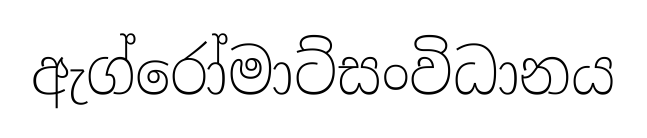
ඇග්රෝමාට්සංවිධානය